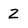
Character: 2